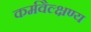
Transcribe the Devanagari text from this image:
कर्मवैल्क्षण्य